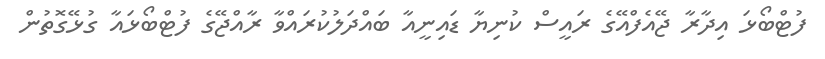
ފުޓްބޯޅަ އިދާރާ ޖޭއެެފްއޭގެ ރައީސް ކުނިޔާ ޑައިނީއާ ބައްދަލުކުރައްވާ ރާއްޖޭގެ ފުޓްބޯޅައާ ގުޅޭގޮތުން